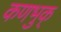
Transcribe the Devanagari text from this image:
कणभुक्